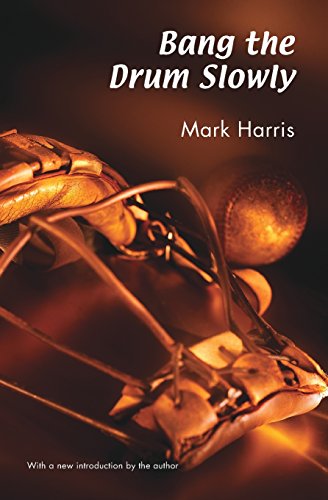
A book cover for Bang the Drum Slowly (Second Edition); Mark Harris; Literature & Fiction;